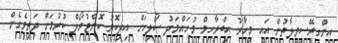
އިންގިރޭސިވިލާތުން އައީ މިހާރު އިބްރާހިމް މުހައްމަދު ސޯލިހަށް އިދިކޮޅު ކޮންޓުރޯލް ކުރުމަށް ދަތިވެގެން